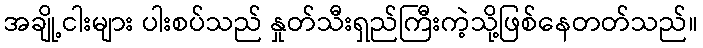
အချို့ငါးများ ပါးစပ်သည် နှုတ်သီးရှည်ကြီးကဲ့သို့ဖြစ်နေတတ်သည်။